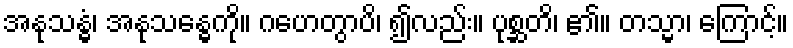
အနုသန္ဓံ၊ အနုသန္ဓေကို။ ဂဟေတွာပိ၊ ၍လည်း။ ပုစ္ဆတိ၊ ၏။ တသ္မာ၊ ကြောင့်။